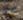
مع